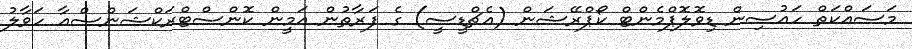
މަސައްކަތް ހައުސިން ޑިވޮލޮޕްމެންޓް ކޯޕްރޭޝަން (އެޗްޑީސީ) ގެ ފަރާތުން އަމީން ކޮންސްޓްރަކްޝަންސްއާ ހަވާލު